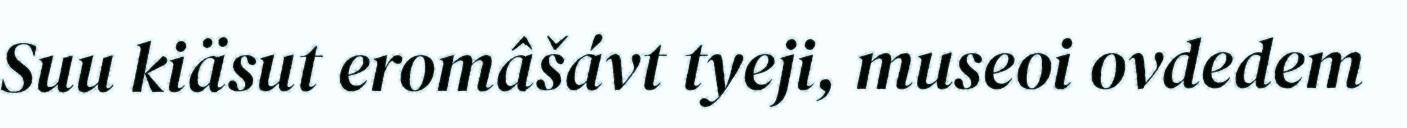
Suu kiäsut eromâšávt tyeji, museoi ovdedem